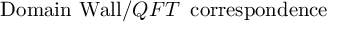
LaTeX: \mathrm { D o m a i n ~ W a l l } / Q F T \, \, \, \mathrm { c o r r e s p o n d e n c e }